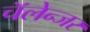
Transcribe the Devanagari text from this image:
चॅलेन्जर